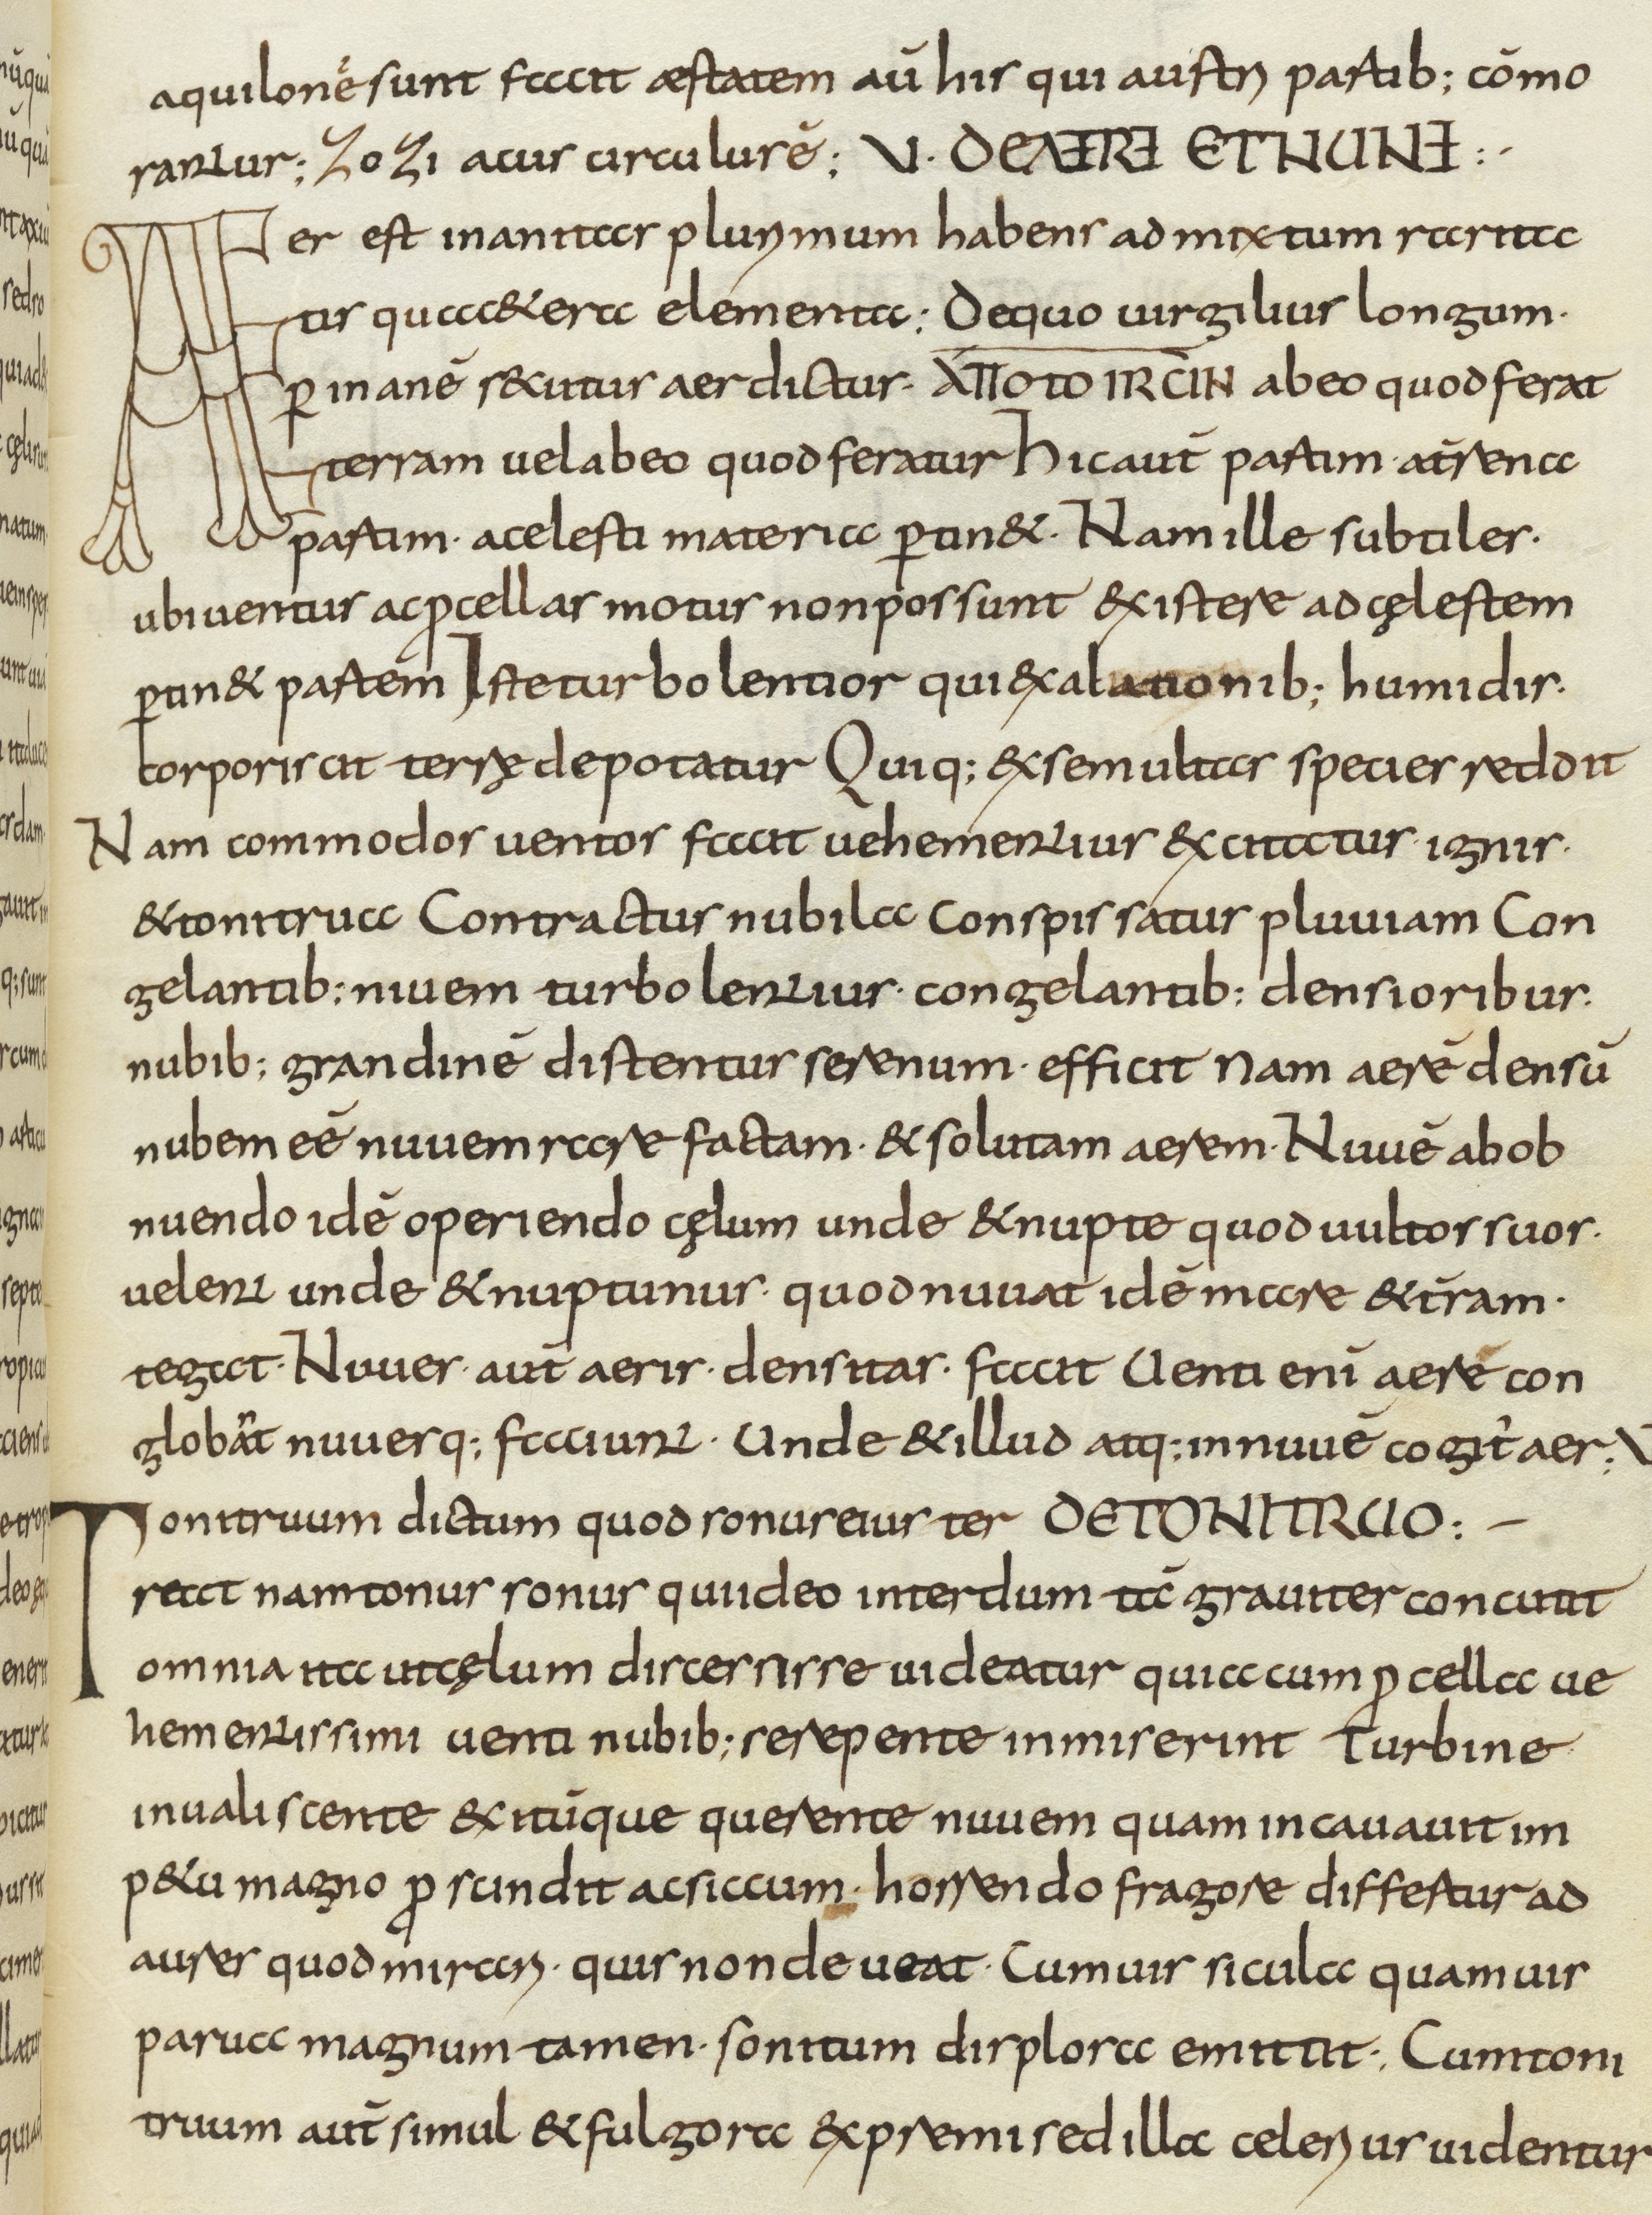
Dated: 800–830